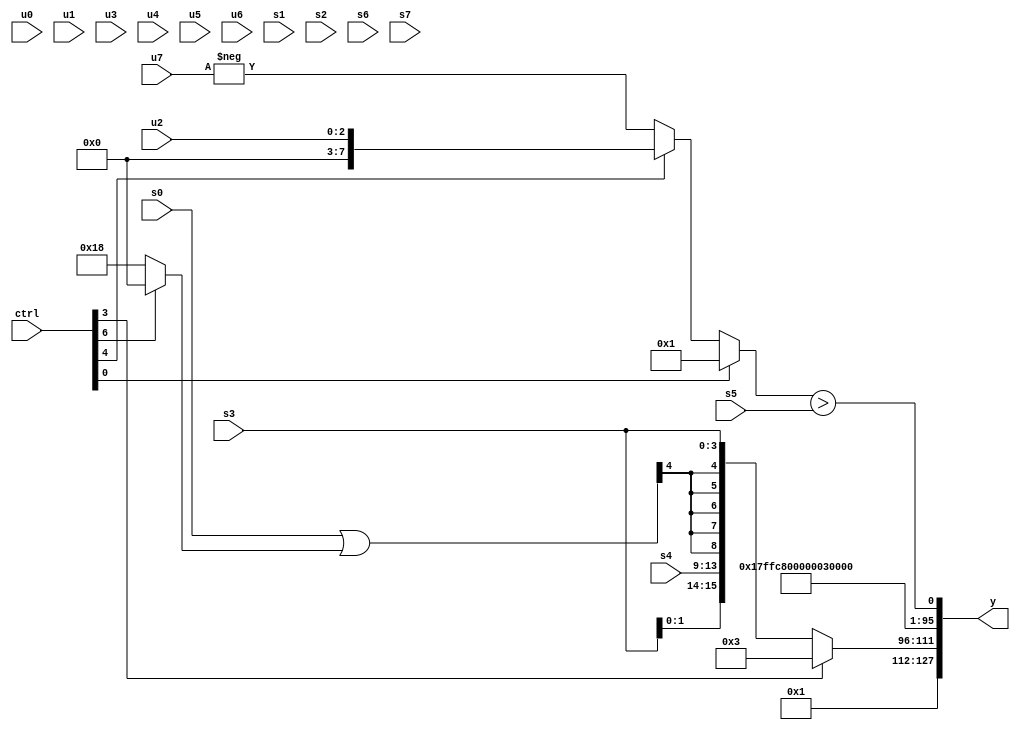
module wideexpr_00477(ctrl, u0, u1, u2, u3, u4, u5, u6, u7, s0, s1, s2, s3, s4, s5, s6, s7, y);
  input [7:0] ctrl;
  input [0:0] u0;
  input [1:0] u1;
  input [2:0] u2;
  input [3:0] u3;
  input [4:0] u4;
  input [5:0] u5;
  input [6:0] u6;
  input [7:0] u7;
  input signed [0:0] s0;
  input signed [1:0] s1;
  input signed [2:0] s2;
  input signed [3:0] s3;
  input signed [4:0] s4;
  input signed [5:0] s5;
  input signed [6:0] s6;
  input signed [7:0] s7;
  output [127:0] y;
  wire [15:0] y0;
  wire [15:0] y1;
  wire [15:0] y2;
  wire [15:0] y3;
  wire [15:0] y4;
  wire [15:0] y5;
  wire [15:0] y6;
  wire [15:0] y7;
  assign y = {y0,y1,y2,y3,y4,y5,y6,y7};
  assign y0 = 2'sb01;
  assign y1 = (ctrl[3]?(ctrl[3]?2'sb11:~^({(ctrl[5]?$signed(-($signed(3'sb111))):1'sb0),$signed(s7),{+(5'sb11100),s0},2'sb11})):{4{$signed({s4,($signed(($signed(s0))|((ctrl[6]?5'sb00000:4'sb1000))))>>>(((4'sb1100)|(&(6'sb001010)))|({2{$signed(2'sb11)}})),s3})}});
  assign y2 = 4'sb0000;
  assign y3 = 5'sb00010;
  assign y4 = +(-({3{1'b1}}));
  assign y5 = 2'sb00;
  assign y6 = 3'b110;
  assign y7 = (+((ctrl[0]?3'sb001:(ctrl[4]?$signed(u2):-(u7)))))>($signed(s5));
endmodule